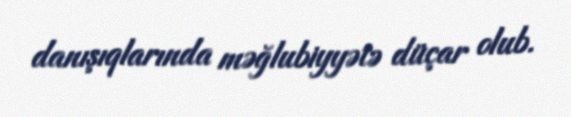
danışıqlarında məğlubiyyətə düçar olub.